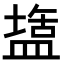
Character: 𭾌